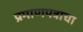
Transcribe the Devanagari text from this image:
प्रमाणपत्राचा